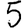
Digit: 5